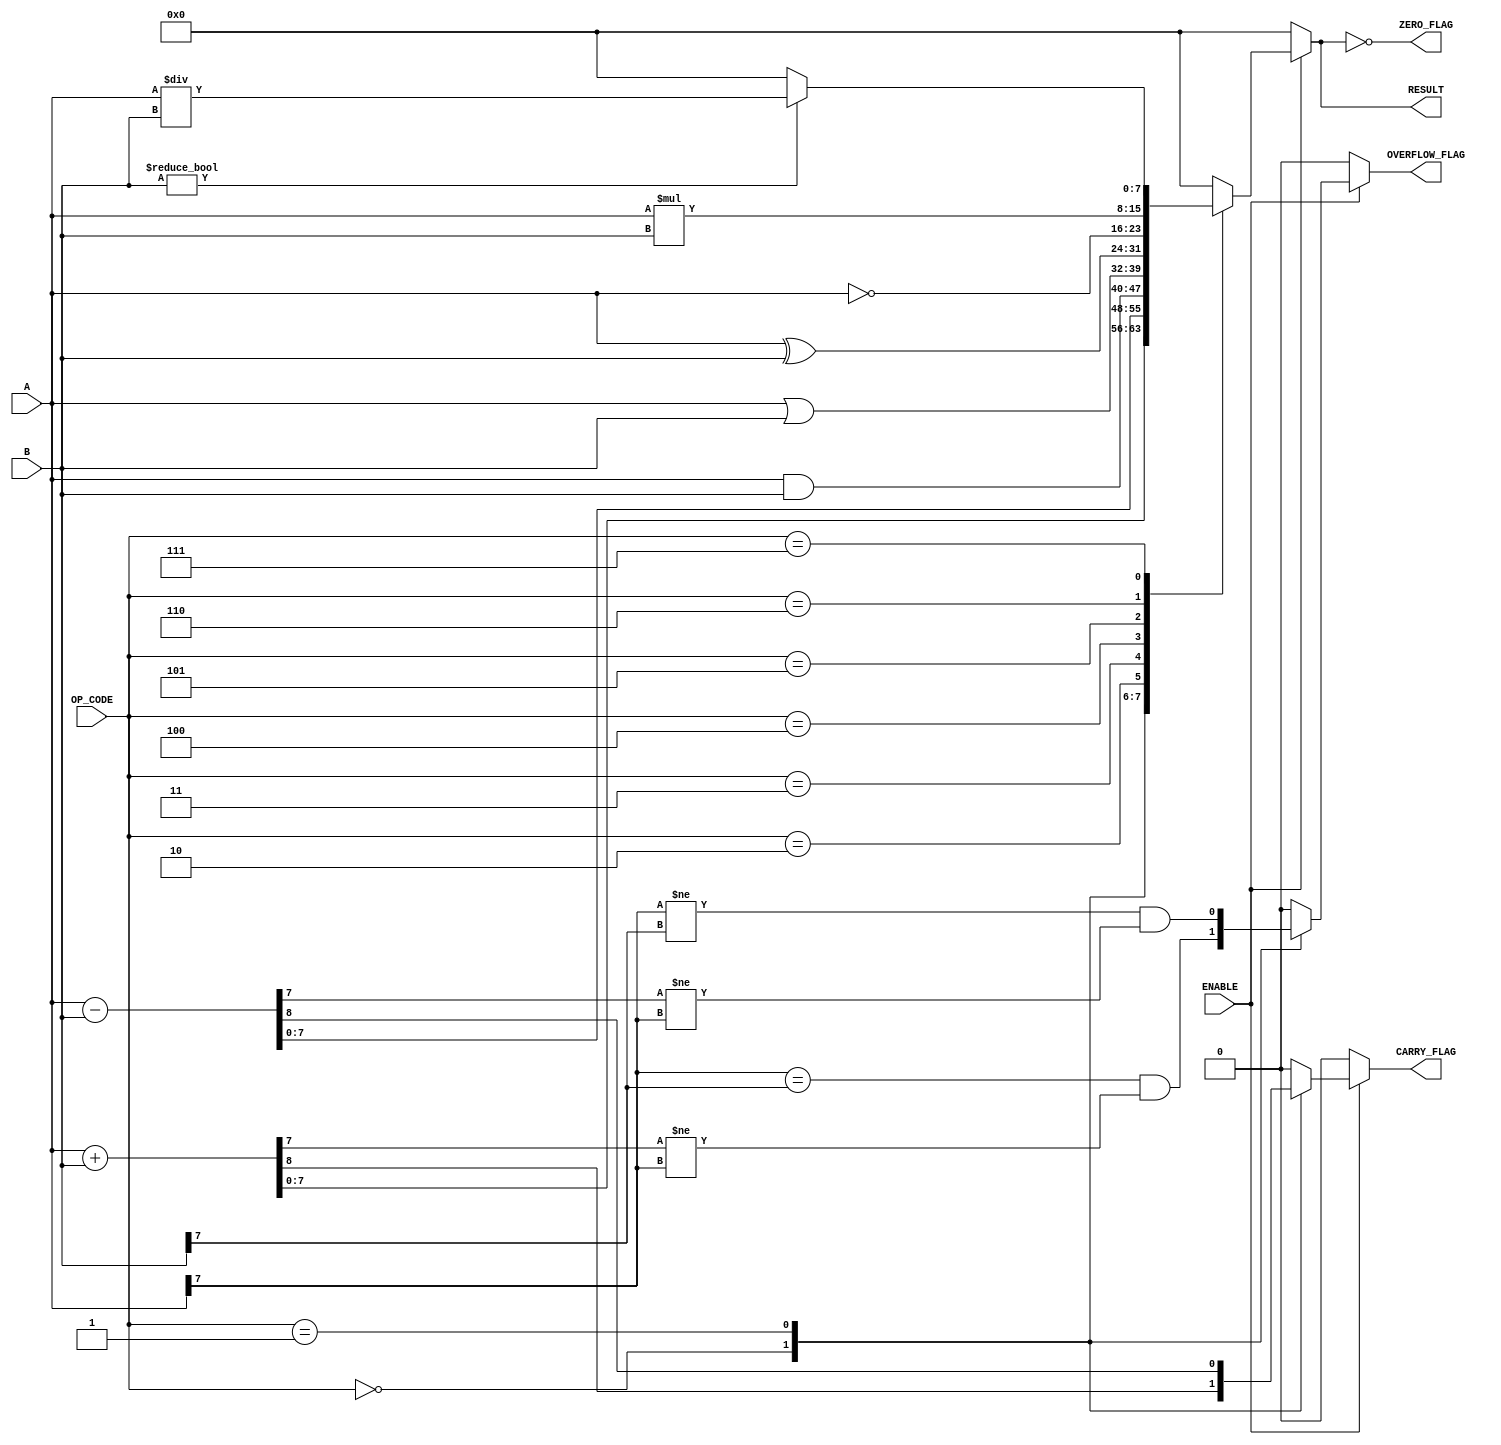
module parameterized_alu #(
    parameter DATA_WIDTH = 8,
    parameter OPERATION_MODE = 4 // Number of operations supported
)(
    input  wire [DATA_WIDTH-1:0] A,
    input  wire [DATA_WIDTH-1:0] B,
    input  wire [OPERATION_MODE-1:0] OP_CODE,
    input  wire ENABLE,
    output reg [DATA_WIDTH-1:0] RESULT,
    output reg ZERO_FLAG,
    output reg CARRY_FLAG,
    output reg OVERFLOW_FLAG
);

    // Operation codes
    localparam ADD      = 4'b0000;
    localparam SUB      = 4'b0001;
    localparam AND      = 4'b0010;
    localparam OR       = 4'b0011;
    localparam XOR      = 4'b0100;
    localparam NOT      = 4'b0101;
    localparam MUL      = 4'b0110; // Optional
    localparam DIV      = 4'b0111; // Optional

    always @(*) begin
        if (ENABLE) begin
            case (OP_CODE)
                ADD: begin
                    {CARRY_FLAG, RESULT} = A + B;
                    OVERFLOW_FLAG = (A[DATA_WIDTH-1] == B[DATA_WIDTH-1]) && (RESULT[DATA_WIDTH-1] != A[DATA_WIDTH-1]);
                end
                SUB: begin
                    {CARRY_FLAG, RESULT} = A - B;
                    OVERFLOW_FLAG = (A[DATA_WIDTH-1] != B[DATA_WIDTH-1]) && (RESULT[DATA_WIDTH-1] != A[DATA_WIDTH-1]);
                end
                AND: begin
                    RESULT = A & B;
                    CARRY_FLAG = 0;
                    OVERFLOW_FLAG = 0;
                end
                OR: begin
                    RESULT = A | B;
                    CARRY_FLAG = 0;
                    OVERFLOW_FLAG = 0;
                end
                XOR: begin
                    RESULT = A ^ B;
                    CARRY_FLAG = 0;
                    OVERFLOW_FLAG = 0;
                end
                NOT: begin
                    RESULT = ~A;
                    CARRY_FLAG = 0;
                    OVERFLOW_FLAG = 0;
                end
                MUL: begin
                    RESULT = A * B; // Optional, may need to handle overflow
                    CARRY_FLAG = 0;
                    OVERFLOW_FLAG = 0; // Overflow detection for multiplication can be complex
                end
                DIV: begin
                    if (B != 0) begin
                        RESULT = A / B; // Optional, handle division by zero
                    end else begin
                        RESULT = 0; // Division by zero case
                    end
                    CARRY_FLAG = 0;
                    OVERFLOW_FLAG = 0; // Overflow detection for division can be complex
                end
                default: begin
                    RESULT = 0;
                    CARRY_FLAG = 0;
                    OVERFLOW_FLAG = 0;
                end
            endcase
        end else begin
            RESULT = 0;
            CARRY_FLAG = 0;
            OVERFLOW_FLAG = 0;
        end

        // Set ZERO_FLAG
        ZERO_FLAG = (RESULT == 0);
    end

endmodule